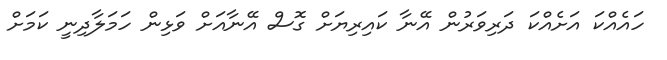
ހައެއްކަ އަށެއްކަ ދަރިވަރުން އޭނާ ކައިރިޔަށް ގޮސް އޭނާއަށް ވަޅިން ހަމަލާދިނީ ކަމަށް